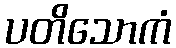
ပတိသောကံ